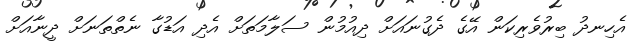
އެހިނދު ބިރުވެރިކަން އޭގެ ދެގުނައަށް ދިއުމުން ސަލާމަތަށް އެދި އަޑުގާ ނެތްތަނަށް ދީނާއަށް